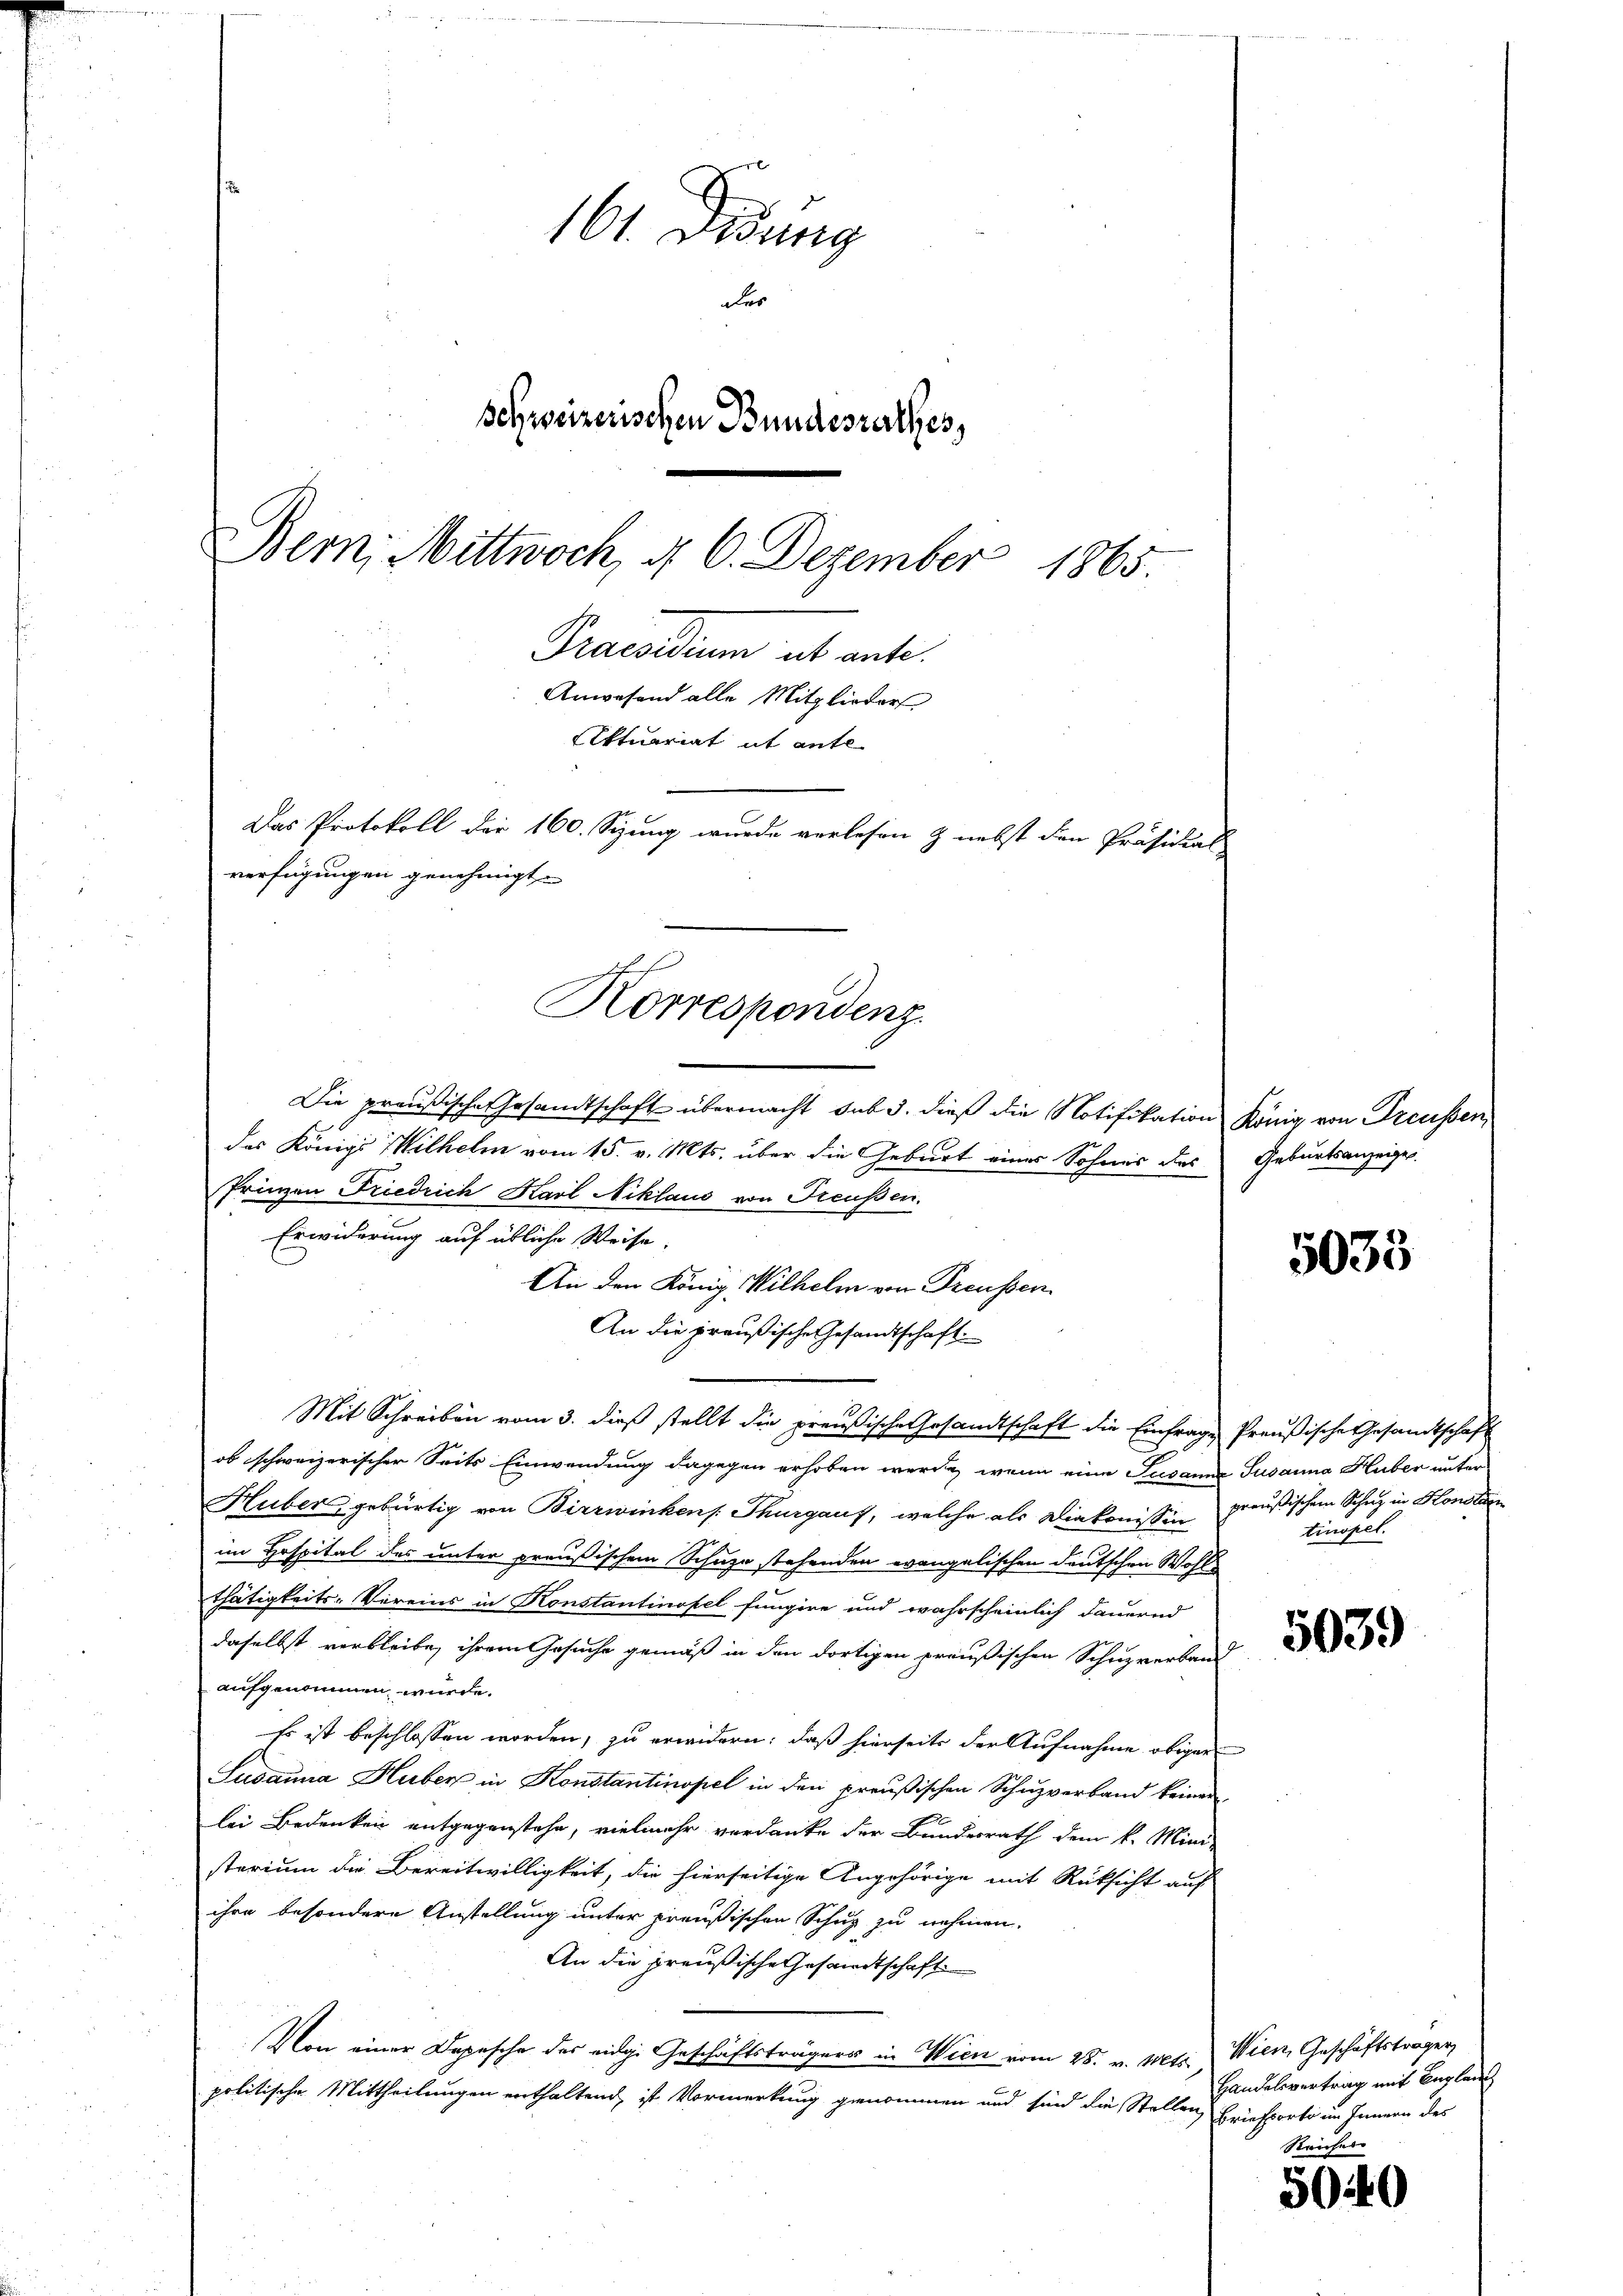
161 didung
des
schweizerischen Bundesrathes,
Bern, Mittwoch, d. 6. Dezember 1865.
Praesidum ab ante
Anwesend alle Mitglieder
Aktuariat it ante
Das Protokoll der 160. Sizung wurde verlesen & nebst den Präsidial
verfügungen genehmigt.

Korrespondenz.

Die preußische Gesandtschaft übermacht sub 3. dieß die Notifikation König von Treussen,
des Königl Wilhelm vom 15. v. Mts. über die Geburt eines Sohnes des Geburtsanzeiges.
Prinzen Friedrich Karl Niklaus von Freußen.
Erwiderung auf übliche Weise.
An den König. Wilhelm von Preußen
An die preußische Gesandtschaft.
Mit Schreiben vom 3. dieß stellt die preußische Gesandtschaft die Einfrage Preußische Gesandtschaft
ob schweizerischer Seits Einwendung dagegen erhoben werde, wenn eine Susanne Susanna Huber unter-
Huber, gebürtig von Birrwinkens. Thurgaus, welche als Diakonissen preußischem Schutz in Honorien
im Hospital des unter preußischem Schuze stehenden evangelischen Deutschen Wohl
thätigkeits-Vereins in Konstantinopel fungire und wahrscheinlich dauernd
daselbst verbleibe, ihrem Gesuche gemäß in den dortigen preußischen Schuzverband
aufgenommen wurde.
Es ist beschlossen worden, zu erwidern: daß hierseits der Aufnahme obiger
Sudanna Huber in Konstantinopel in den preußischen Schuzverband keinen
lei Bedenken entgegenstehe, vielmehr verdanke der Bundesrath dem k. Mini-
sterium die Bereitwilligkeit, die hierseitige Angehörige mit Rüksicht auf
ihre besondere Anstellung unter preußischen Schup zu nehmen.
An die preußische Gesandtschaft
Von einer Depesche des eidge Geschäftsträgers in Wien vom 28. v. Mts. Wien, Geschäftsträger,
politische Mittheilungen enthaltend, ist Vormerkung genommen und sind die Stellen, Briefporto im Innern des

5035

tinopel.

5039

Handelsvertrag mit Beglei
Reiches

5040